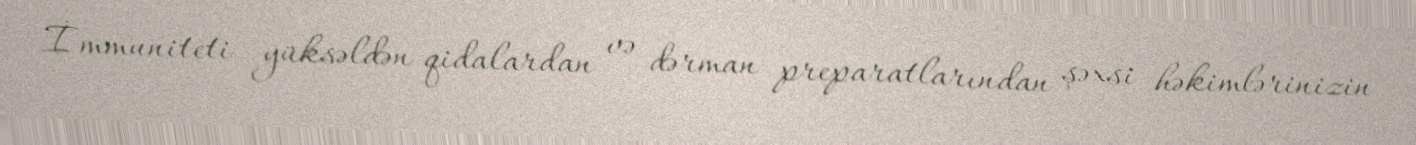
İmmuniteti yüksəldən qidalardan və dərman preparatlarından şəxsi həkimlərinizin